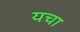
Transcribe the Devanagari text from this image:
यचा